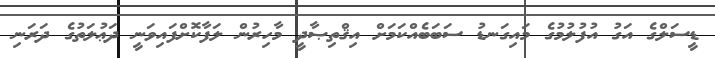
ޑީސަލްގެ އަގު އުފުލުމުގެ މައިގަނޑު ސަބަބެއްކަމަށް އިޤްތިޞާދީ މާހިރުން ލަފާކޮށްފައިވަނީ ދަޢުލަތުގެ ދަރަނި